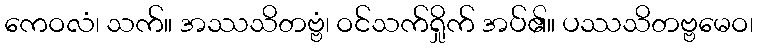
ကေဝလံ၊ သက်။ အဿသိတဗ္ဗံ၊ ဝင်သက်ရှိုက် အပ်၏။ ပဿသိတဗ္ဗမေဝ၊